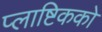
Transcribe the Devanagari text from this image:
प्लाष्टिकको